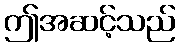
ဤအဆင့်သည်